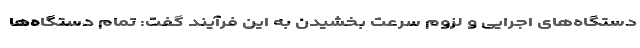
دستگاه‌های اجرایی و لزوم سرعت بخشیدن به این فرآیند گفت: تمام دستگاه‌ها